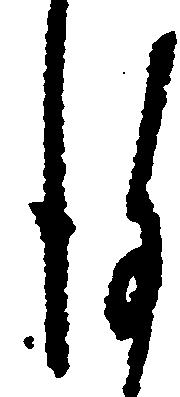
謹